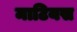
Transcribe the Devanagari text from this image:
माटियस